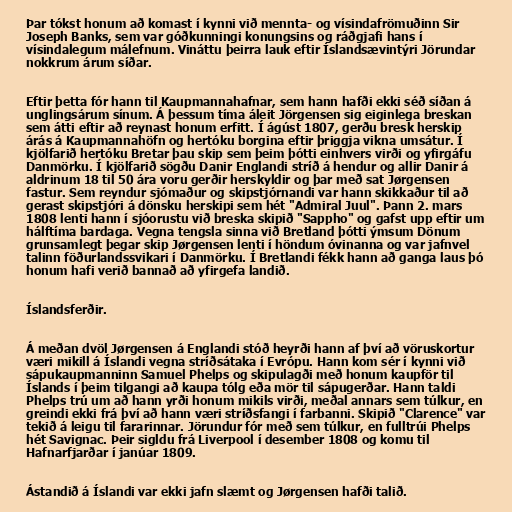
Þar tókst honum að komast í kynni við mennta- og vísindafrömuðinn Sir
Joseph Banks, sem var góðkunningi konungsins og ráðgjafi hans í
vísindalegum málefnum. Vináttu þeirra lauk eftir Íslandsævintýri Jörundar
nokkrum árum síðar.

Eftir þetta fór hann til Kaupmannahafnar, sem hann hafði ekki séð síðan á
unglingsárum sínum. Á þessum tíma áleit Jörgensen sig eiginlega breskan
sem átti eftir að reynast honum erfitt. Í ágúst 1807, gerðu bresk herskip
árás á Kaupmannahöfn og hertóku borgina eftir þriggja vikna umsátur. Í
kjölfarið hertóku Bretar þau skip sem þeim þótti einhvers virði og yfirgáfu
Danmörku. Í kjölfarið sögðu Danir Englandi stríð á hendur og allir Danir á
aldrinum 18 til 50 ára voru gerðir herskyldir og þar með sat Jørgensen
fastur. Sem reyndur sjómaður og skipstjórnandi var hann skikkaður til að
gerast skipstjóri á dönsku herskipi sem hét "Admiral Juul". Þann 2. mars
1808 lenti hann í sjóorustu við breska skipið "Sappho" og gafst upp eftir um
hálftíma bardaga. Vegna tengsla sinna við Bretland þótti ýmsum Dönum
grunsamlegt þegar skip Jørgensen lenti í höndum óvinanna og var jafnvel
talinn föðurlandssvikari í Danmörku. Í Bretlandi fékk hann að ganga laus þó
honum hafi verið bannað að yfirgefa landið.

Íslandsferðir.

Á meðan dvöl Jørgensen á Englandi stóð heyrði hann af því að vöruskortur
væri mikill á Íslandi vegna stríðsátaka í Evrópu. Hann kom sér í kynni við
sápukaupmanninn Samuel Phelps og skipulagði með honum kaupför til
Íslands í þeim tilgangi að kaupa tólg eða mör til sápugerðar. Hann taldi
Phelps trú um að hann yrði honum mikils virði, meðal annars sem túlkur, en
greindi ekki frá því að hann væri stríðsfangi í farbanni. Skipið "Clarence" var
tekið á leigu til fararinnar. Jörundur fór með sem túlkur, en fulltrúi Phelps
hét Savignac. Þeir sigldu frá Liverpool í desember 1808 og komu til
Hafnarfjarðar í janúar 1809.

Ástandið á Íslandi var ekki jafn slæmt og Jørgensen hafði talið.